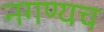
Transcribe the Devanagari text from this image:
नगण्यच